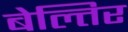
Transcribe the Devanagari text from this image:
बेल्तिर